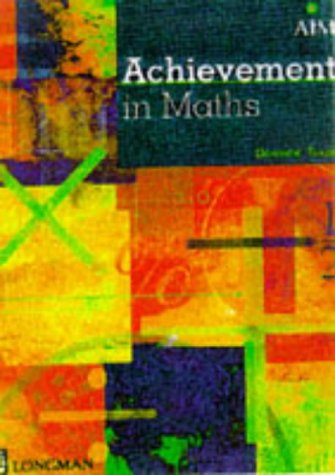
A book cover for Achievement in Maths (Certificate of Achievement in Mathematics); Dominic Turpin; Teen & Young Adult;